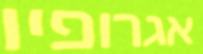
אגרופיו